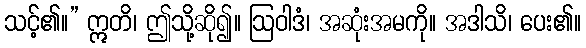
သင့်၏။” ဣတိ၊ ဤသို့ဆို၍။ ဩဝါဒံ၊ အဆုံးအမကို။ အဒါသိ၊ ပေး၏။